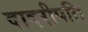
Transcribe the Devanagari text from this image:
दादरीपति